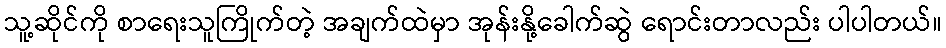
သူ့ဆိုင်ကို စာရေးသူကြိုက်တဲ့ အချက်ထဲမှာ အုန်းနို့ခေါက်ဆွဲ ရောင်းတာလည်း ပါပါတယ်။